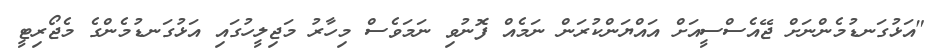
"އަޅުގަނޑުމެންނަށް ޖޭއެސްސީއަށް އައްޔަންކުރަން ނަމެއް ފޮނުވި ނަމަވެސް މިހާރު މަޖިލީހުގައި އަޅުގަނޑުމެންގެ މެޖޯރިޓީ